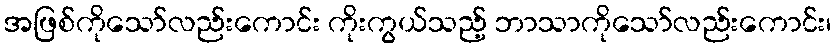
အဖြစ်ကိုသော်လည်းကောင်း ကိုးကွယ်သည့် ဘာသာကိုသော်လည်းကောင်း၊